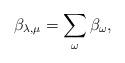
LaTeX: \begin{align*}\beta_{\lambda, \mu}= \sum_{\omega} \beta_\omega,\end{align*}